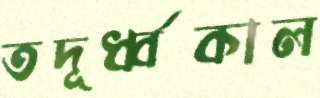
তদূর্ধ্বকাল